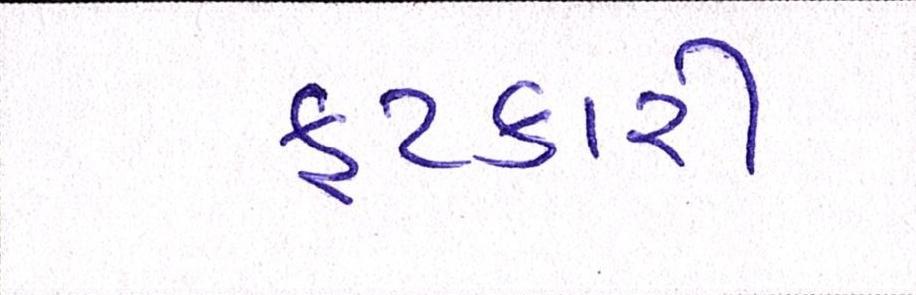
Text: ફટકારી